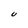
Character: U